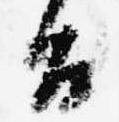
旨